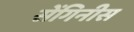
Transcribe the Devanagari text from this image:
सेंगिनीस